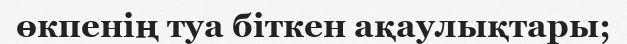
өкпенің туа біткен ақаулықтары;